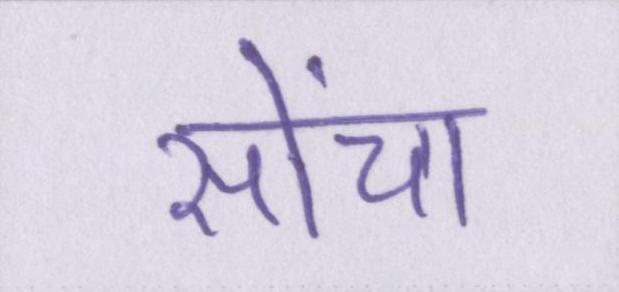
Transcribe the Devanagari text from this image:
सोंचा